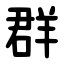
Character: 群